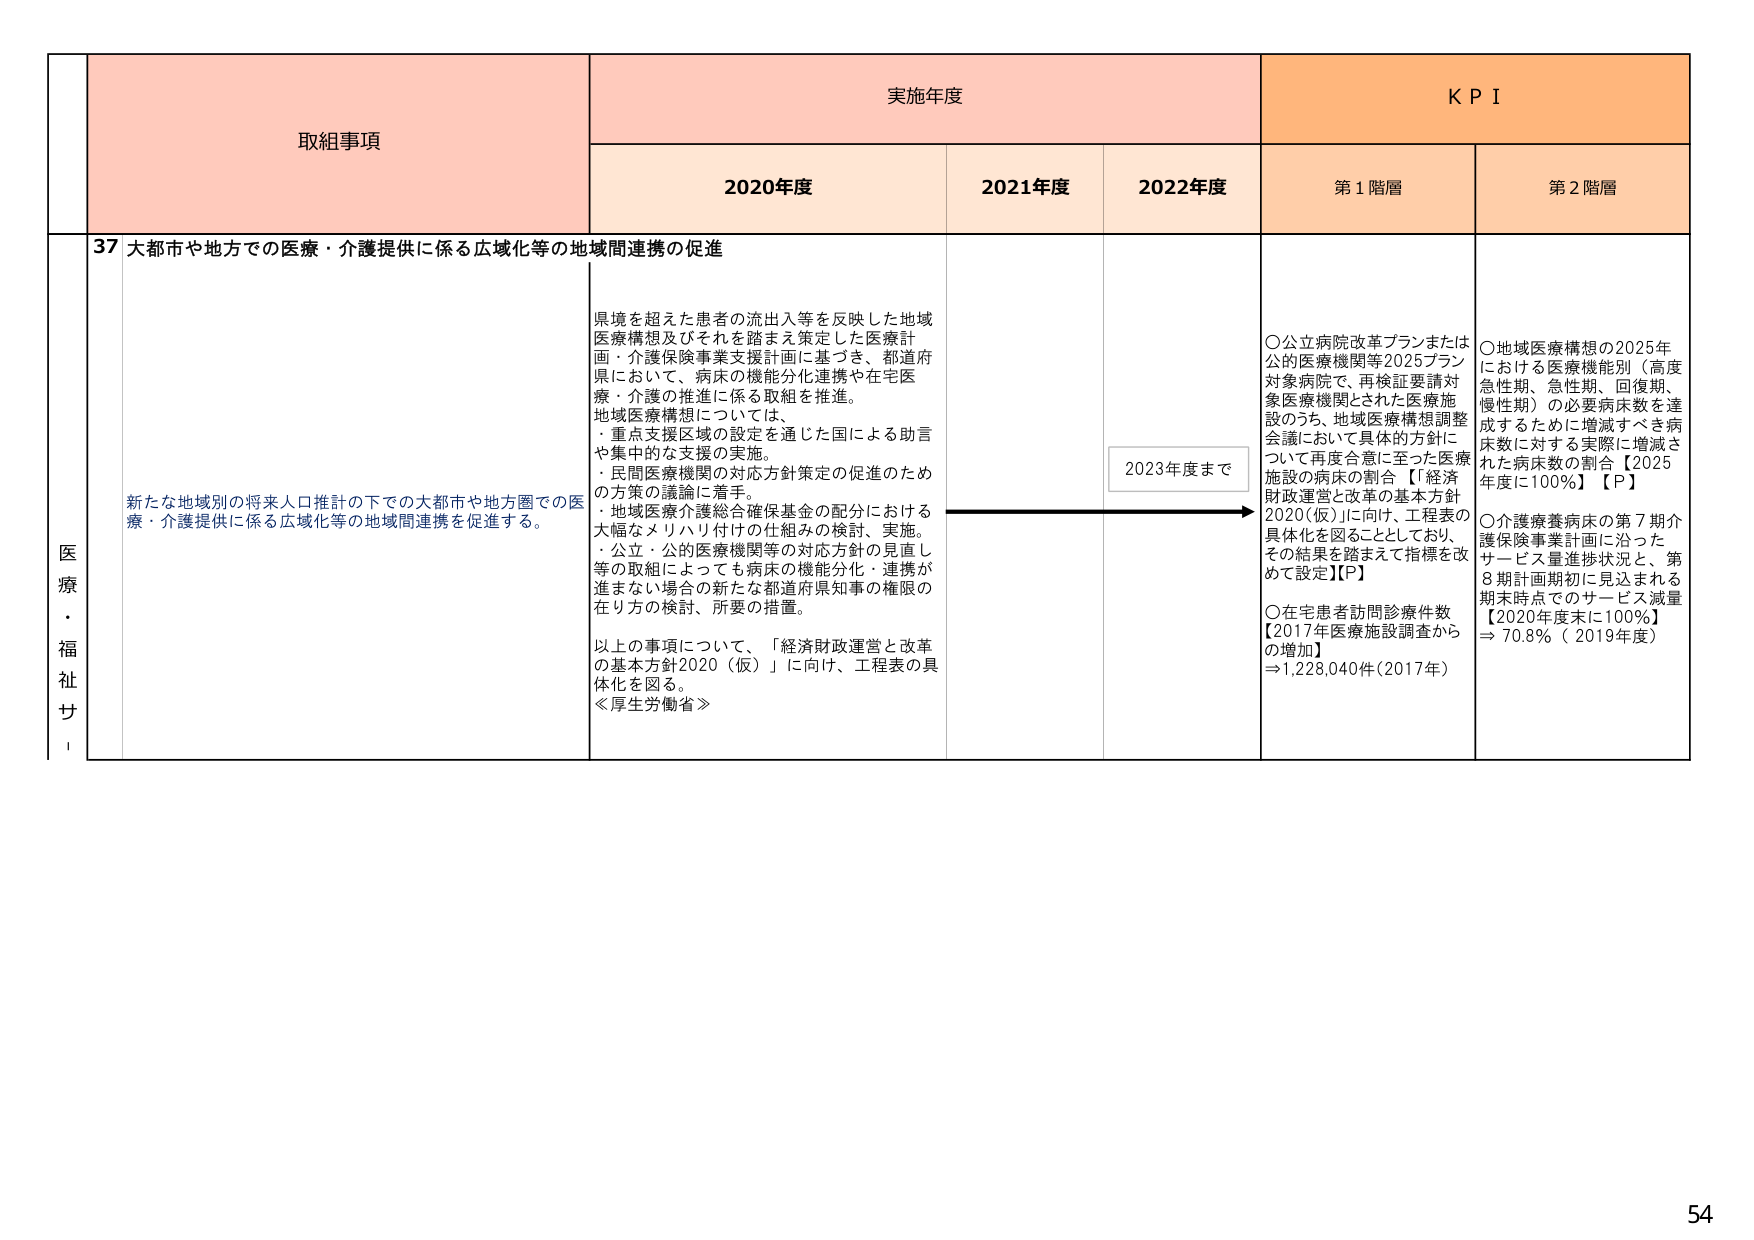
医療・福祉
取組事項
実施年度
KPI
2020年度
2021年度
2022年度
第1階層
第2階層
37 大都市や地方での医療・介護提供に係る広域化等の地域間連携の促進
新たな地域別の将来人口推計の下での大都市や地方圏での医療・介護提供に係る広域化等の地域間連携を促進する。
県境を超えた患者の流出入等を反映した地域医療構想及びそれを踏まえ策定した医療計画・介護保険事業支援計画に基づき、都道府県において、病床の機能分化連携や在宅医療・介護の推進に係る取組を推進。
地域医療構想については、
・重点支援区域の設定を通じた国による助言や集中的な支援の実施。
・民間医療機関の対応方針策定の促進のための方策の議論に着手。
・地域医療介護総合確保基金の配分における大幅なメリハリ付けの仕組みの検討、実施。
・公立・公的医療機関等の対応方針の見直し等の取組によっても病床の機能分化・連携が進まない場合の新たな都道府県知事の権限の在り方の検討、所要の措置。
以上の事項について、「経済財政運営と改革の基本方針2020（仮）」に向け、工程表の具体化を図る。
≪厚生労働省≫
2023年度まで
○公立病院改革プランまたは公的医療機関等2025プラン対象病院で、再検証要請対象医療機関とされた医療施設のうち、地域医療構想調整会議において具体的方針について再度合意に至った医療施設の病床の割合【「経済財政運営と改革の基本方針2020（仮）」に向け、工程表の具体化を図ることとしており、その結果を踏まえて指標を改めて設定】[P]
○在宅患者訪問診療件数【2017年医療施設調査からの増加】⇒1,228,040件（2017年）
○地域医療構想の2025年における医療機能別（高度急性期、急性期、回復期、慢性期）の必要病床数を達成するために増減すべき病床数に対する実際に増減された病床数の割合【2025年度に100％】【P】
○介護療養病床の第7期介護保険事業計画に沿ったサービス量進捗状況と、第8期計画期初に見込まれる期末時点でのサービス減量【2020年度末に100％】⇒70.8％（2019年度）
54